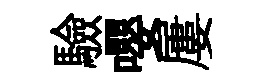
驗嚶屢